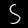
Digit: 5